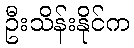
ဦးသိန်းနိုင်က